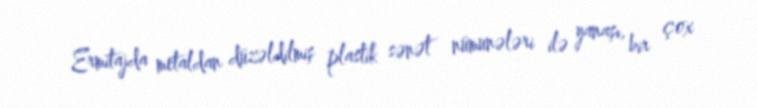
Ermitajda metaldan düzəldilmiş plastik sənət nümunələri ilə yanaşı, bir çox